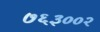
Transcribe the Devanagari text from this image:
७६३००२